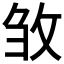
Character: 𭣦